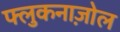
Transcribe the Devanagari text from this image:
फ्लुकनाज़ोल